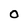
Character: O